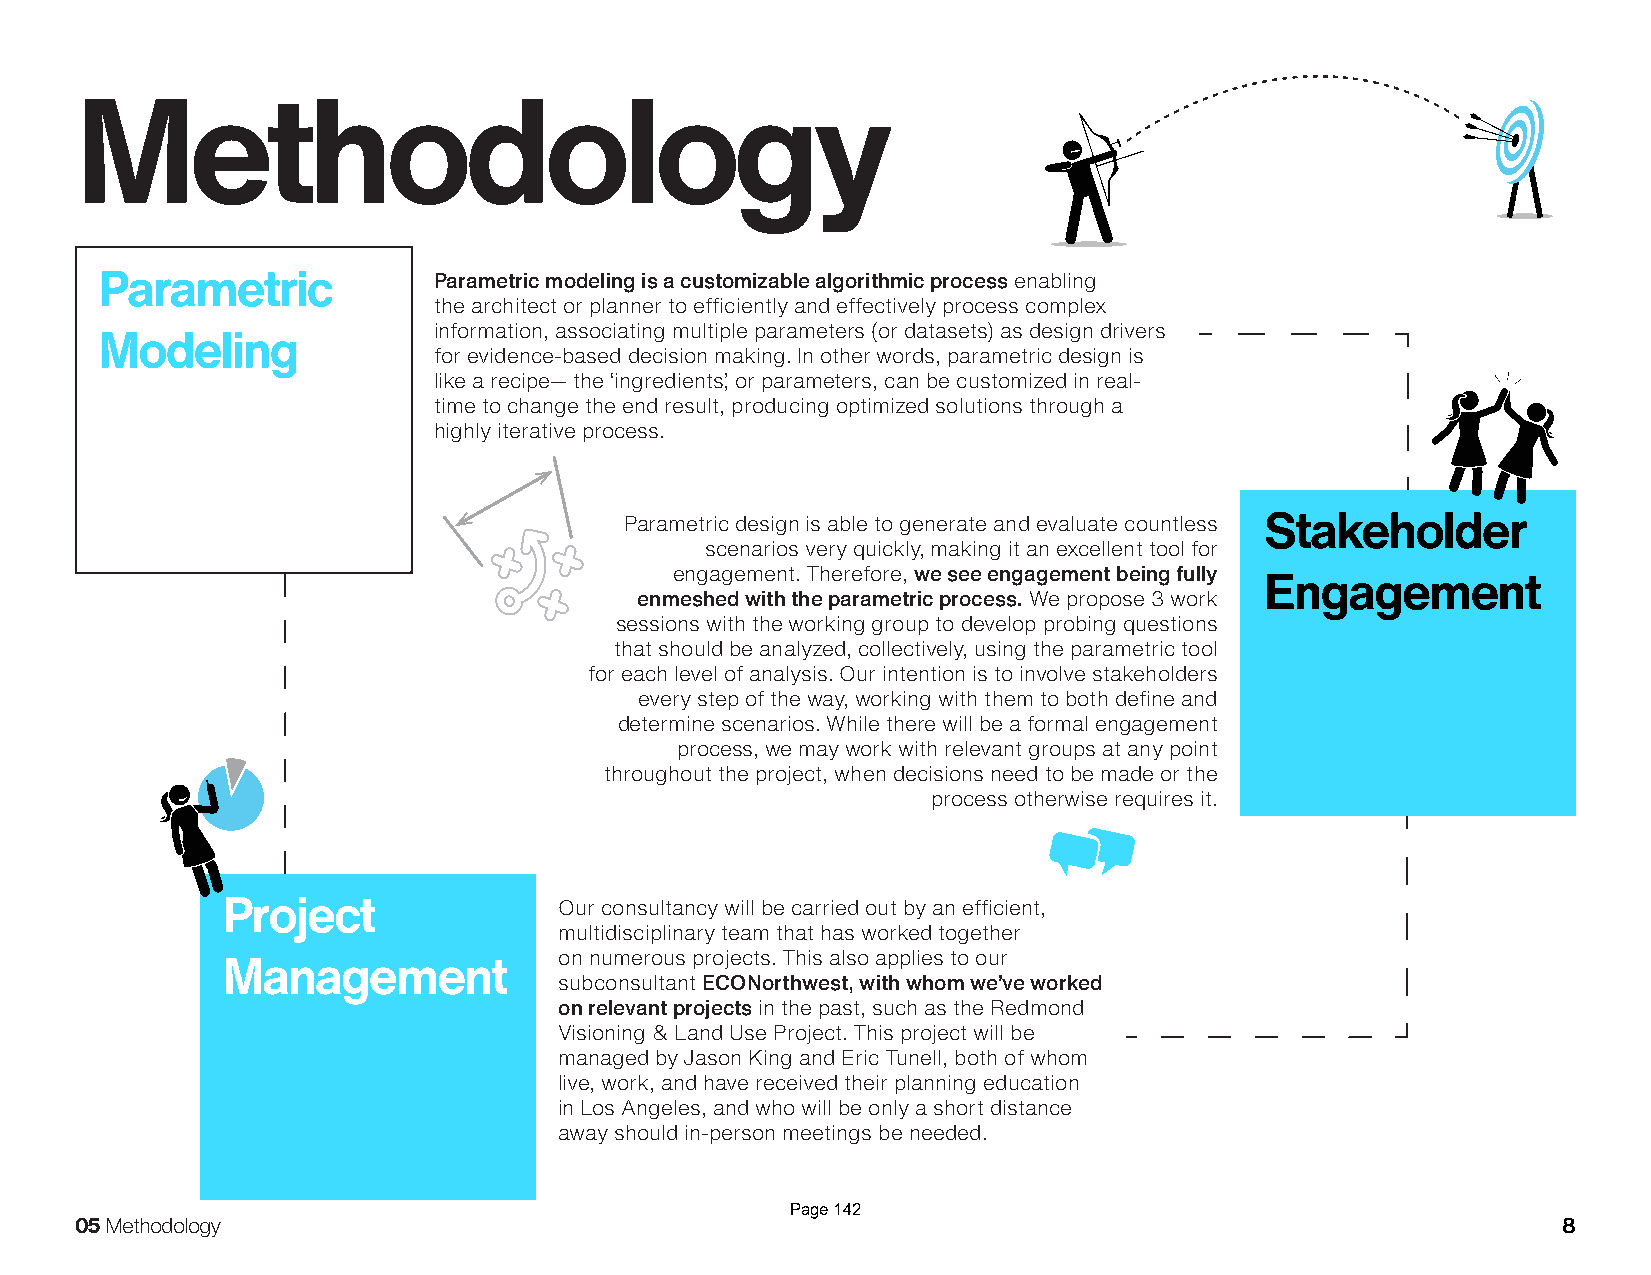
Methodology
 Parametric            Parametric modeling is a customizable algorithmic process enabling
 the architect or planner to efficiently and effectively process complex
 information, associating multiple parameters (or datasets) as design drivers
 Modeling
 for evidence-based decision making. In other words, parametric design is
 like a recipe— the ‘ingredients’, or parameters, can be customized in real-
 time to change the end result, producing optimized solutions through a
 highly iterative process.
 Parametric design is able to generate and evaluate countless Stakeholder
 scenarios very quickly, making it an excellent tool for
 engagement. Therefore, we see engagement being fully
 Engagement
 enmeshed with the parametric process. We propose 3 work
 sessions with the working group to develop probing questions
 that should be analyzed, collectively, using the parametric tool
 for each level of analysis. Our intention is to involve stakeholders
 every step of the way, working with them to both define and
 determine scenarios. While there will be a formal engagement
 process, we may work with relevant groups at any point
 throughout the project, when decisions need to be made or the
 process otherwise requires it.
 Project               Our consultancy will be carried out by an efficient,
 multidisciplinary team that has worked together
 on numerous projects. This also applies to our
 Management
 subconsultant ECONorthwest, with whom we’ve worked
 on relevant projects in the past, such as the Redmond
 Visioning & Land Use Project. This project will be
 managed by Jason King and Eric Tunell, both of whom
 live, work, and have received their planning education
 in Los Angeles, and who will be only a short distance
 away should in-person meetings be needed.
 Page 142
 05 Methodology                                                                                    8